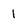
Character: 1